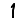
Digit: 1